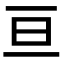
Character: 亘